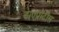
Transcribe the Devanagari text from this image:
डाएप्रोटोस